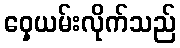
ဝှေ့ယမ်းလိုက်သည်